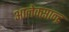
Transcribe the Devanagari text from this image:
आलेक्सान्द्र